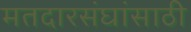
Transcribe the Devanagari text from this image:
मतदारसंघांसाठी